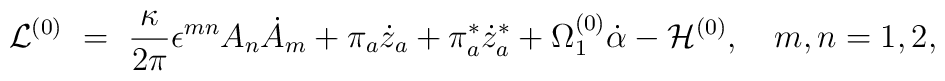
{\cal L}^{(0)}~=~ \frac{\kappa}{2 \pi} \epsilon^{mn} A_n \dot{A}_m                  + \pi_a \dot{z}_a + \pi^*_a \dot{z}^*_a                  + \Omega^{(0)}_1 \dot{\alpha} - {\cal H}^{(0)},                   ~~~m, n=1,2 ,